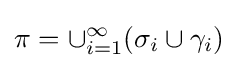
\pi =\cup _{i=1}^{\infty }(\sigma _{i}\cup \gamma _{i})